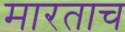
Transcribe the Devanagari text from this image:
मारताच